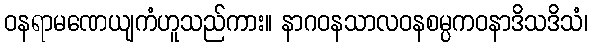
ဝနရာမဏေယျကံဟူသည်ကား။ နာဂဝနသာလဝနစမ္ပကဝနာဒိသဒိသံ၊